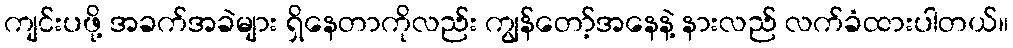
ကျင်းပဖို့ အခက်အခဲများ ရှိနေတာကိုလည်း ကျွန်တော့်အနေနဲ့ နားလည် လက်ခံထားပါတယ်။